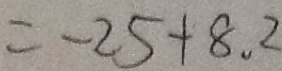
= - 2 5 + 8 . 2